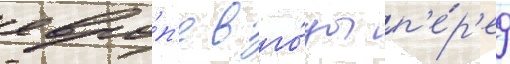
евро́п'е в го́ды п'е́р'ед